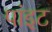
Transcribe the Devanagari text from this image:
पांइट